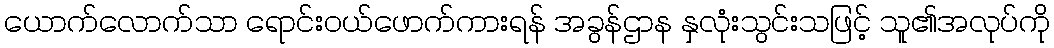
ယောက်လောက်သာ ရောင်းဝယ်ဖောက်ကားရန် အခွန်ဌာန နှလုံးသွင်းသဖြင့် သူ၏အလုပ်ကို